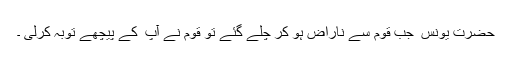
حضرت یونس ؑ جب قوم سے ناراض ہو کر چلے گئے تو قوم نے آپ ؑ کے پیچھے توبہ کرلی ۔